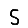
Digit: 5